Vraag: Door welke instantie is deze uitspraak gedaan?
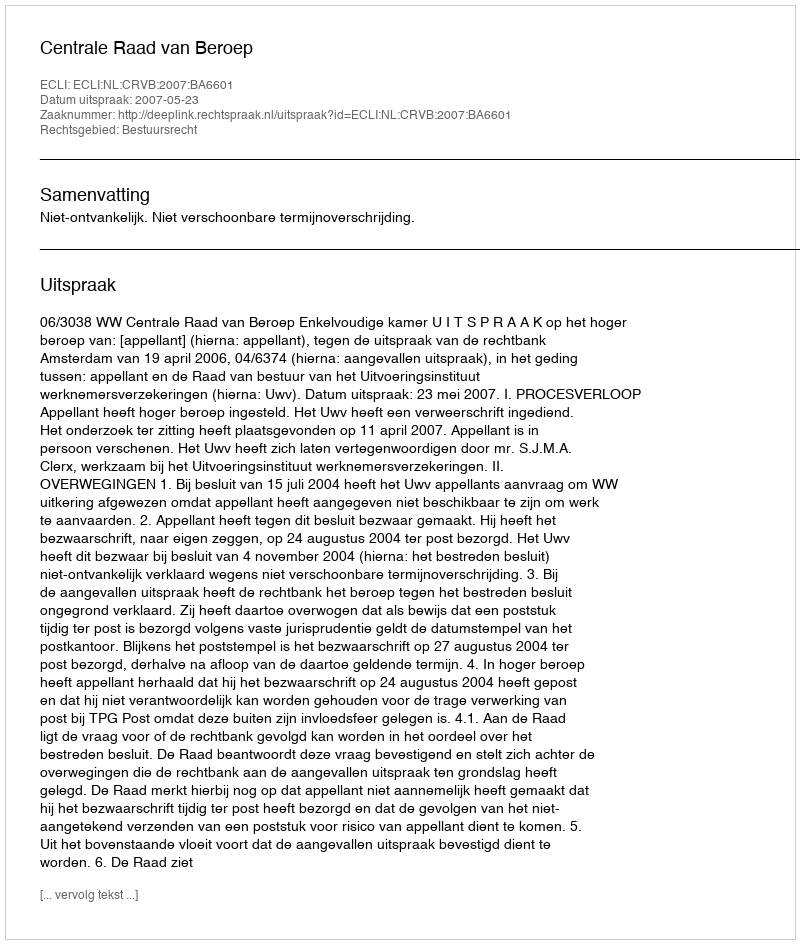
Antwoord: Centrale Raad van Beroep